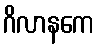
ဂိလာနကေ